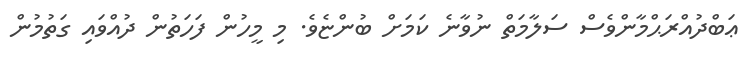
ޢަބްދުއްރަޙްމާންވެސް ސަލާމަތް ނުވާނެ ކަމަށް ބުންޏެވެ. މި މީހުން ފަހަތުން ދުއްވައި ގަތުމުން